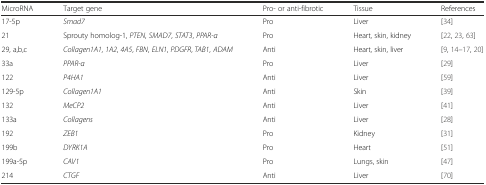
| MicroRNA | Target gene | Pro- or anti-fibrotic | Tissue | References |
 | --- | --- | --- | --- | --- |
 | 17-5p | Smad7 | Pro | Liver | [34] |
 | 21 | Sprouty homolog-1, PTEN, SMAD7, STAT3, PPAR-α | Pro | Heart, skin, kidney | [22, 23, 63] |
 | 29, a,b,c | Collagen1A1, 1A2, 4A5, FBN, ELN1, PDGFR, TAB1, ADAM | Anti | Heart, skin, liver | [9, 14–17, 20] |
 | 33a | PPAR-α | Pro | Liver | [29] |
 | 122 | P4HA1 | Anti | Liver | [59] |
 | 129-5p | Collagen1A1 | Anti | Skin | [39] |
 | 132 | MeCP2 | Anti | Liver | [41] |
 | 133a | Collagens | Anti | Liver | [28] |
 | 192 | ZEB1 | Pro | Kidney | [31] |
 | 199b | DYRK1A | Pro | Heart | [51] |
 | 199a-5p | CAV1 | Pro | Lungs, skin | [47] |
 | 214 | CTGF | Anti | Liver | [70] |